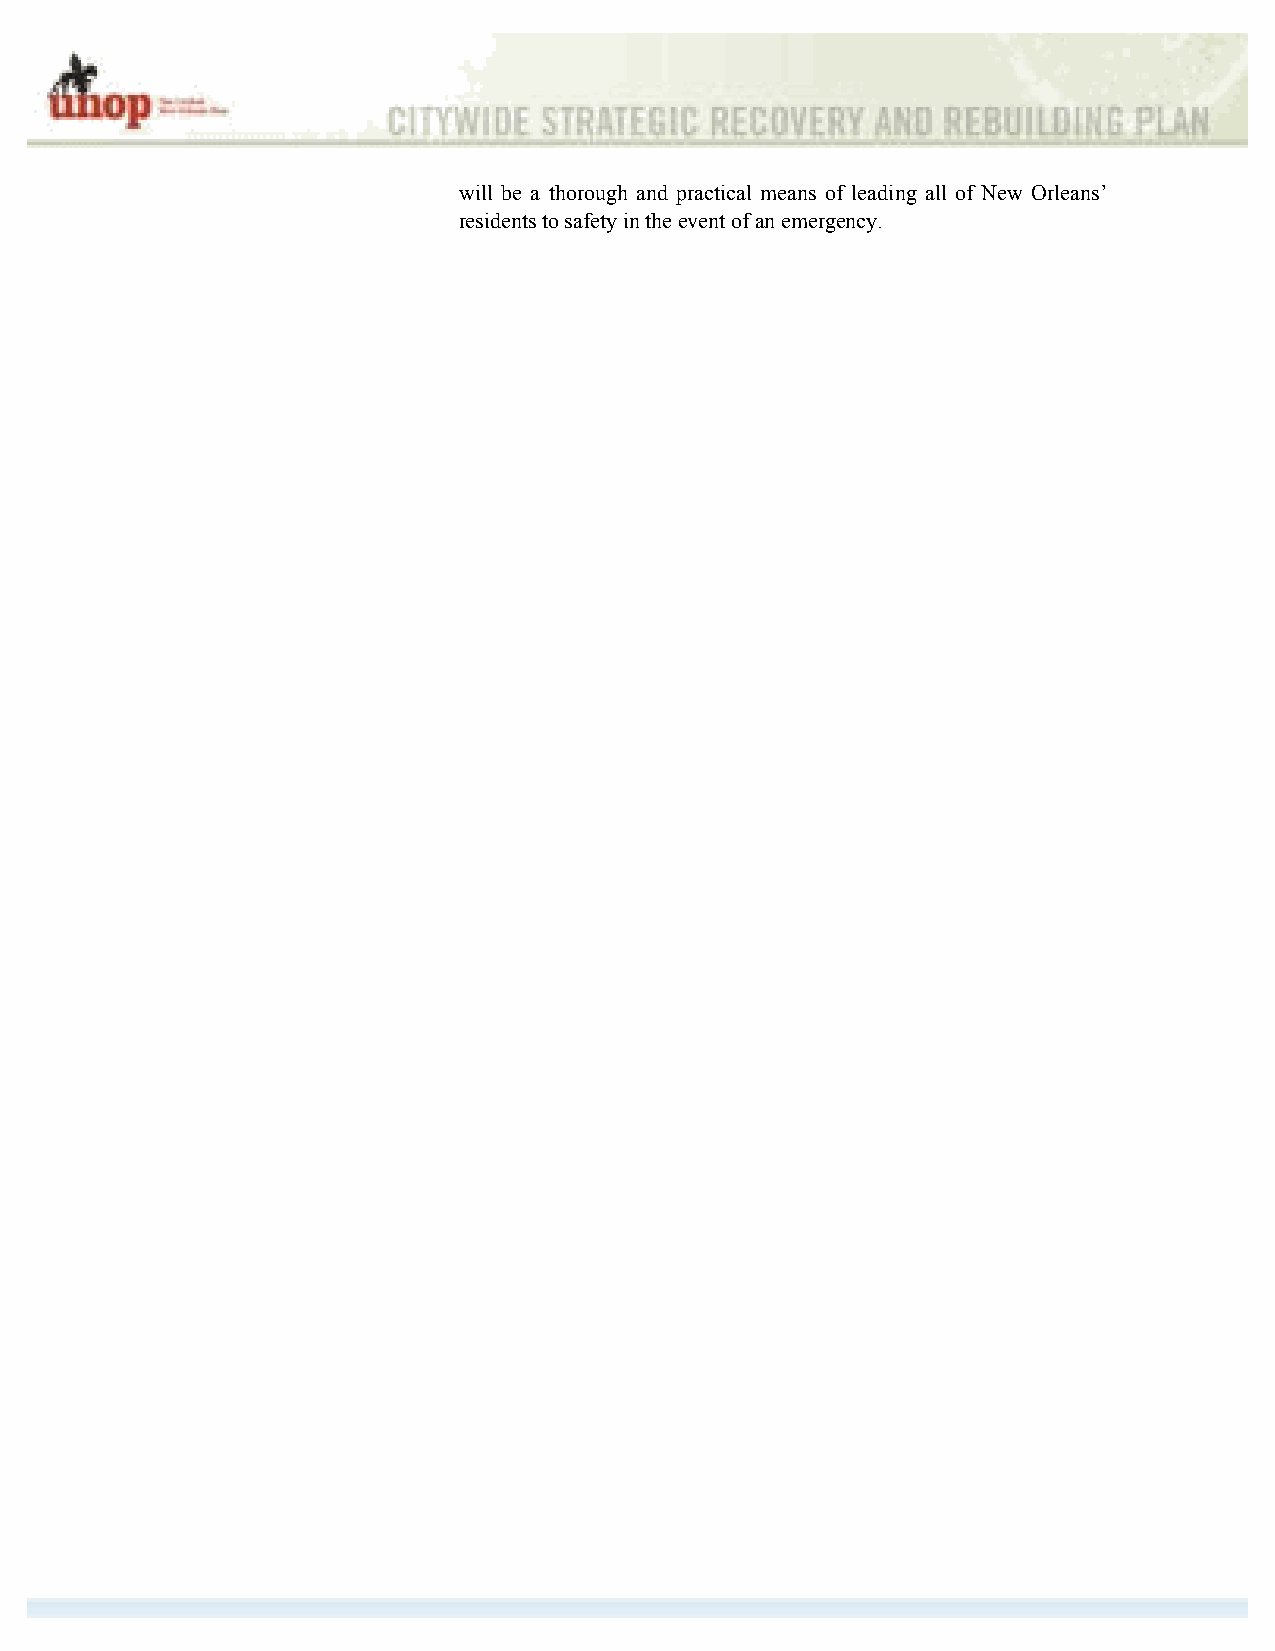
will be a thorough and practical means of leading all of New Orleans’
 residents to safety in the event of an emergency.